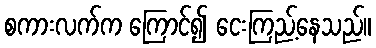
စကားလက်က ကြောင်၍ ငေးကြည့်နေသည်။